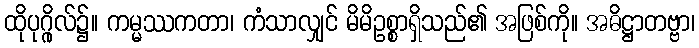
ထိုပုဂ္ဂိုလ်၌။ ကမ္မဿကတာ၊ ကံသာလျှင် မိမိဥစ္စာရှိသည်၏ အဖြစ်ကို။ အဓိဋ္ဌာတဗ္ဗာ၊